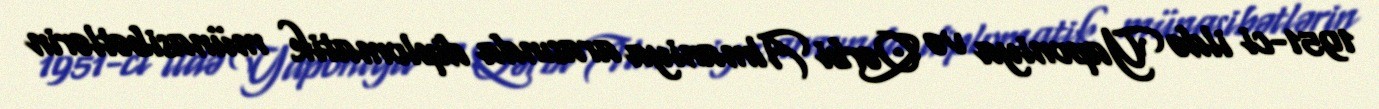
1951-ci ildə Yaponiya və Qərbi Almaniya arasında diplomatik münasibətlərin